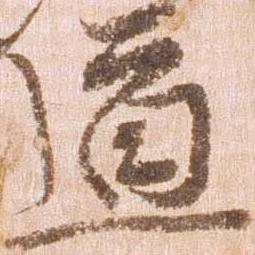
道